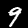
Digit: 9